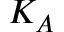
K _ { A }